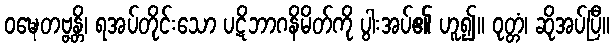
ဝဍ္ဎေတဗ္ဗန္တိ၊ ရအပ်တိုင်းသော ပဋိဘာဂနိမိတ်ကို ပွါးအပ်၏ ဟူ၍။ ဝုတ္တံ၊ ဆိုအပ်ပြီ။